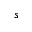
s